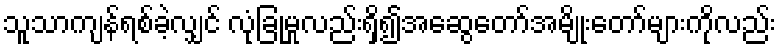
သူသာကျန်ရစ်ခဲ့လျှင် လုံခြုံမှုလည်းရှိ၍အဆွေတော်အမျိုးတော်များကိုလည်း